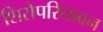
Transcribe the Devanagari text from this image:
शिरोपरिधावन